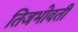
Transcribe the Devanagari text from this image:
तिजभोवती